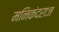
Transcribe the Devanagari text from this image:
मनिकंदराज